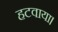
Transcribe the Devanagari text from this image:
हटवाया।